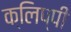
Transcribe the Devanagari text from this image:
क्लिप्पी